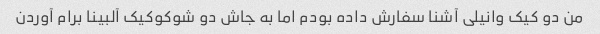
من دو کیک وانیلی آشنا سفارش داده بودم اما به جاش دو شوکوکیک آلبینا برام‌ آوردن